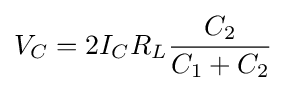
V_{C}=2I_{C}R_{L}{\frac {C_{2}}{C_{1}+C_{2}}}